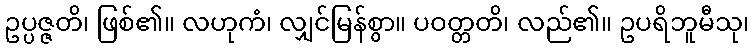
ဥပ္ပဇ္ဇတိ၊ ဖြစ်၏။ လဟုကံ၊ လျှင်မြန်စွာ။ ပဝတ္တတိ၊ လည်၏။ ဥပရိဘူမီသု၊